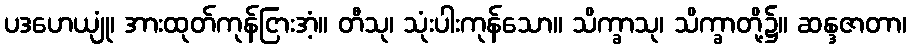
ပဒဟေယျုံ၊ အားထုတ်ကုန်ငြားအံ့။ တီသု၊ သုံးပါးကုန်သော။ သိက္ခာသု၊ သိက္ခာတို့၌။ ဆန္ဒဇာတာ၊